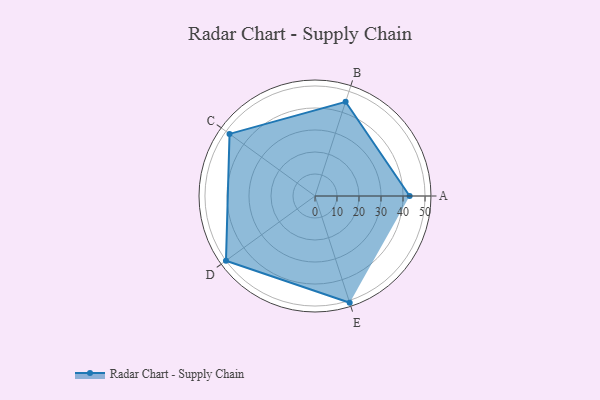
{"axis": {"x": "Skill", "y": "Score"}, "legend": ["Profile"], "data": [{"x": "A", "y": 43.0, "type": "Profile"}, {"x": "B", "y": 45.0, "type": "Profile"}, {"x": "C", "y": 48.0, "type": "Profile"}, {"x": "D", "y": 50.0, "type": "Profile"}, {"x": "E", "y": 51.0, "type": "Profile"}]}